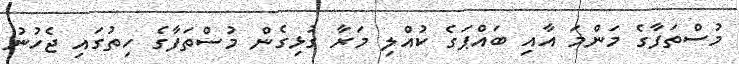
މުސްތަފާގެ މަންމަ އާއި ބައްޕަގެ ކުއްލި މަރާ ގުޅިގެން މުސްތަފާގެ ހިތުގައި ޖެހުނު